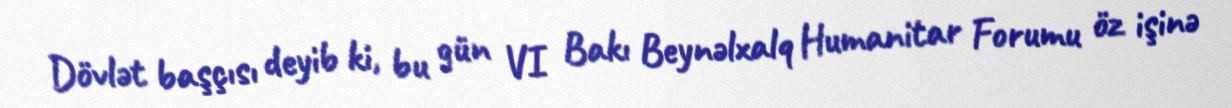
Dövlət başçısı deyib ki, bu gün VI Bakı Beynəlxalq Humanitar Forumu öz işinə